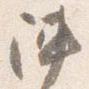
陣